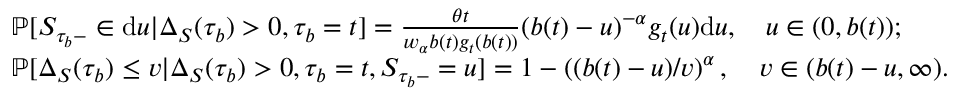
\begin{array} { r l } & { \mathbb { P } [ S _ { \tau _ { b } - } \in \mathrm { d } u | \Delta _ { S } ( \tau _ { b } ) > 0 , \tau _ { b } = t ] = \frac { \theta t } { w _ { \alpha } b ( t ) g _ { t } ( b ( t ) ) } ( b ( t ) - u ) ^ { - \alpha } g _ { t } ( u ) \mathrm { d } u , \quad u \in ( 0 , b ( t ) ) ; } \\ & { \mathbb { P } [ \Delta _ { S } ( \tau _ { b } ) \leq v | \Delta _ { S } ( \tau _ { b } ) > 0 , \tau _ { b } = t , S _ { \tau _ { b } - } = u ] = 1 - \left( ( b ( t ) - u ) / v \right) ^ { \alpha } , \quad v \in ( b ( t ) - u , \infty ) . } \end{array}